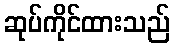
ဆုပ်ကိုင်ထားသည်